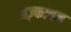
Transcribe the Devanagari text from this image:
अज़्काबन